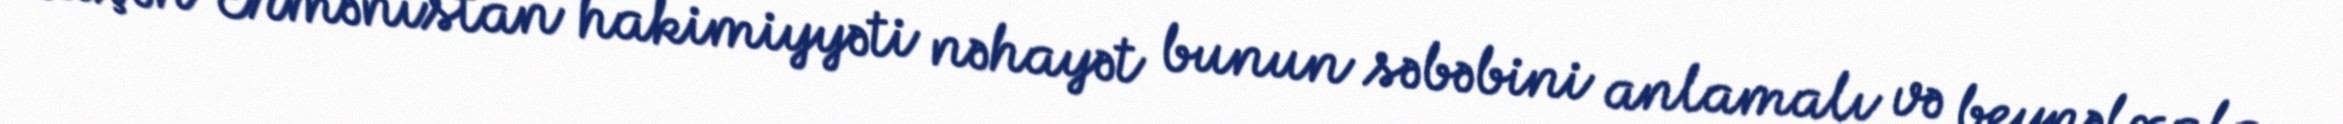
düşən Ermənistan hakimiyyəti nəhayət bunun səbəbini anlamalı və beynəlxalq